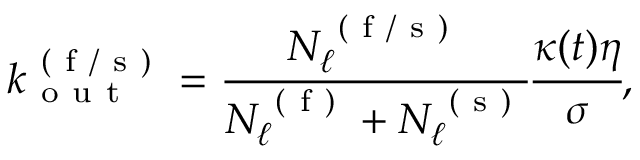
k _ { \mathrm { ~ o ~ u ~ t ~ } } ^ { \mathrm { ~ ( ~ f ~ / ~ s ~ ) ~ } } = \cfrac { N _ { \ell } ^ { \mathrm { ~ ( ~ f ~ / ~ s ~ ) ~ } } } { N _ { \ell } ^ { \mathrm { ~ ( ~ f ~ ) ~ } } + N _ { \ell } ^ { \mathrm { ~ ( ~ s ~ ) ~ } } } \cfrac { \kappa ( t ) \eta } { \sigma } ,